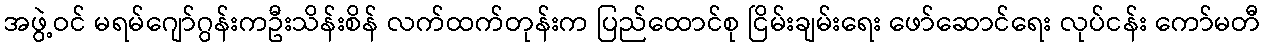
အဖွဲ့ဝင် မရမ်ဂျော်ဂွန်းကဦးသိန်းစိန် လက်ထက်တုန်းက ပြည်ထောင်စု ငြိမ်းချမ်းရေး ဖော်ဆောင်ရေး လုပ်ငန်း ကော်မတီ